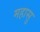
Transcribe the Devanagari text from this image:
महासु